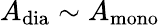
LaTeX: A_{\mathrm{{dia}}}\sim A_{\mathrm{{mono}}}